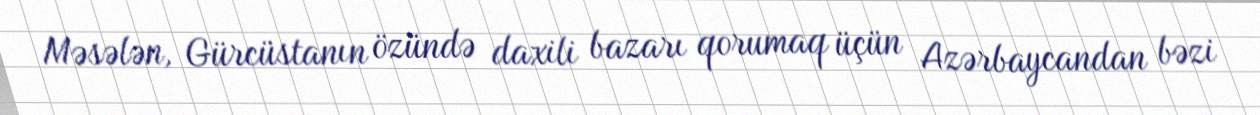
Məsələn, Gürcüstanın özündə daxili bazarı qorumaq üçün Azərbaycandan bəzi